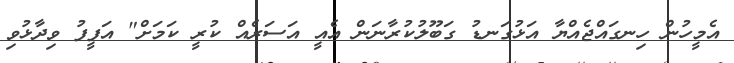
އެމީހުން ހިނގައްޖެއްޔާ އަޅުގަނޑު ގަބޫލުކުރާނަން އެއީ އަސަރެއް ކުރީ ކަމަށް" އަފީފު ވިދާޅުވި